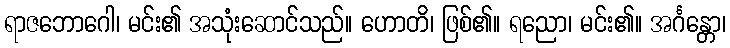
ရာဇဘောဂေါ၊ မင်း၏ အသုံးဆောင်သည်။ ဟောတိ၊ ဖြစ်၏။ ရညော၊ မင်း၏။ အင်္ဂန္တော၊